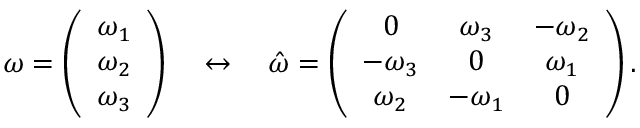
\begin{array} { r } { \boldsymbol \omega = \left( \begin{array} { c } { \omega _ { 1 } } \\ { \omega _ { 2 } } \\ { \omega _ { 3 } } \end{array} \right) \quad \leftrightarrow \quad \hat { \omega } = \left( \begin{array} { c c c } { 0 } & { \omega _ { 3 } } & { - \omega _ { 2 } } \\ { - \omega _ { 3 } } & { 0 } & { \omega _ { 1 } } \\ { \omega _ { 2 } } & { - \omega _ { 1 } } & { 0 } \end{array} \right) . } \end{array}